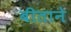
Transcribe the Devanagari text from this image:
बीताने